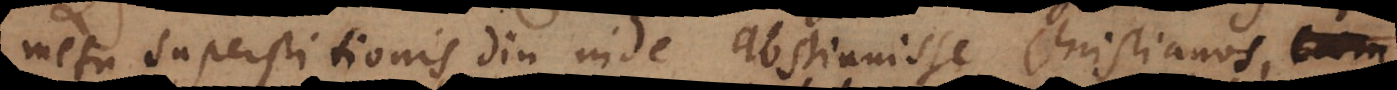
metu superstitionis diu inde abstinuisse Christianos, cum